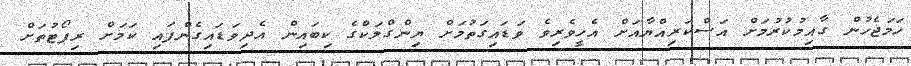
ހަމަޖެހުން ގާއިމުކުރުމަށް އަސްކަރިއްޔާއަށް އެހީވެރިވެ ވަޑައިގަތުމަށް ޔިންގްލަކްގެ ކިބައިން އެދިވަޑައިގެންފައި ކަމަށް ރިޕޯޓުތަށް